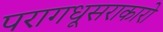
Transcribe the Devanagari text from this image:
परागधूसराकारो